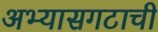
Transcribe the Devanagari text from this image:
अभ्यासगटाची